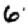
Digit: 6